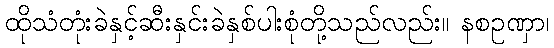
ထိုသံတုံးခဲနှင့်ဆီးနှင်းခဲနှစ်ပါးစုံတို့သည်လည်း။ နစဥဏှာ၊